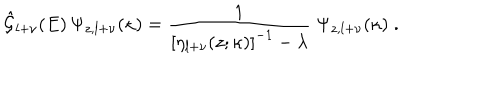
LaTeX: \hat { { \mathcal G } } _ { l + \nu } ( E ) \, \Psi _ { z , l + \nu } ( \kappa ) = \frac { 1 } { \left[ \eta _ { l + \nu } ( z ; \kappa ) \right] ^ { - 1 } - \lambda } \; \Psi _ { z , l + \nu } ( \kappa ) \; .